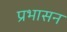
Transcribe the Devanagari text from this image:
प्रभासन